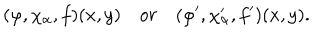
LaTeX: ( \varphi , \chi _ { \alpha } , f ) ( x , y ) \quad o r \quad ( \varphi ^ { \prime } , \chi _ { \alpha } ^ { \prime } , f ^ { \prime } ) ( x , y ) .